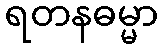
ရတနဓမ္မာ